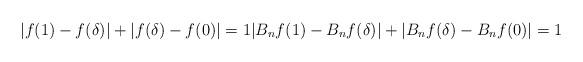
LaTeX: \begin{align*}|f(1)-f(\delta)|+|f(\delta)-f(0)|=1 |B_nf(1)-B_nf(\delta)|+|B_nf(\delta)-B_nf(0)|=1\\\end{align*}